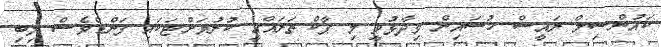
ކައުންސިލް ރައީސް ހުސައިން ވިދާޅުވީ މި ޕާކް ތަރައްގީ ކުރުމަށްޓަކައި ފަންޑްވެސް ލިބި